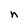
Character: n